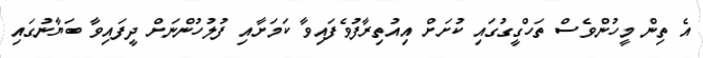
އެ ތިން މީހުންވެސް ތަހްގީގުގައި ކުށަށް އިއުތިރާފުވެފައިވާ ކަމަށާއި ފުލުހުންނަށް ދީފައިވާ ބަޔާނުގައި